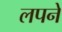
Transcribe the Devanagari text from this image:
लपने